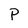
Character: P